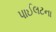
પાઈલટના